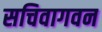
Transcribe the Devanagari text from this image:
सचिवागवन